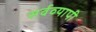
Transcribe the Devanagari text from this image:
सर्वव्‍यापी